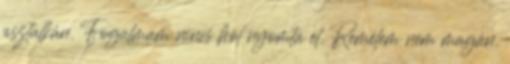
asztalkán. Fogalmam nincs hol nyomta el. Remélem nem magán.